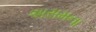
અસમના